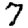
Digit: 7